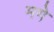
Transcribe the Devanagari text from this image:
मगे